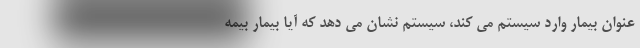
عنوان بیمار وارد سیستم می کند، سیستم نشان می دهد که آیا بیمار بیمه